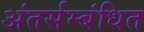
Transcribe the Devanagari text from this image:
अंतर्सम्बंधित